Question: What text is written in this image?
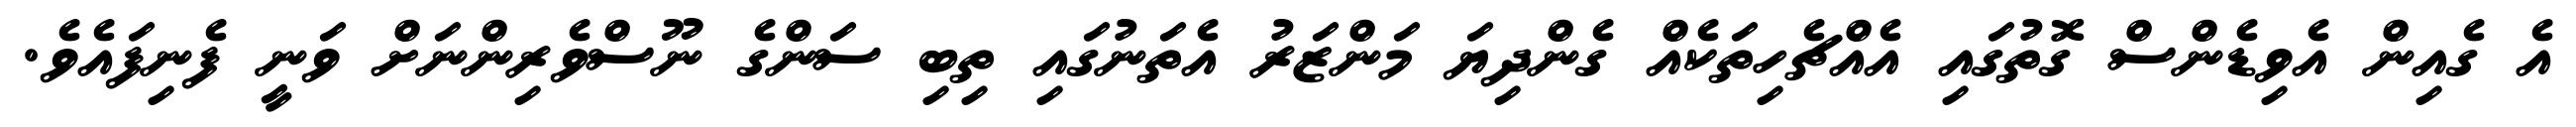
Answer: އެ ގެއިން އެވިޑެންސް ގޮތުގައި އެއްޗެހިތަކެއް ގެންދިޔަ މަންޒަރު އެތަނުގައި ތިބި ސަންގެ ނޫސްވެރިންނަށް ވަނީ ފެނިފައެވެ.